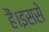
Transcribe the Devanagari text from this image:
हैं।इससे